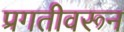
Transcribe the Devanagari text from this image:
प्रगतीवरून